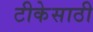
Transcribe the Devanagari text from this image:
टीकेसाठी